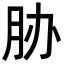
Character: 胁